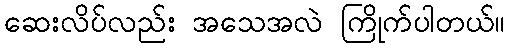
ဆေးလိပ်လည်း အသေအလဲ ကြိုက်ပါတယ်။